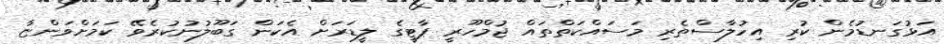
އަޅުގަނޑުމެން ކުރި އިހުލާސްތެރި މަސައްކަތްތައް ޖުމްހޫރީ ޕާޓީގެ ލީޑަރަށް އެކަން ގަބޫލުނުކުރެވޭ ކަމަށްވަންޏާ